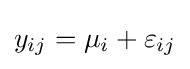
y_{ij}=\mu _{i}+\varepsilon _{ij}